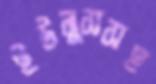
ইউনুসসহ